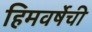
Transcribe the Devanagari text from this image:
हिमवर्षेची